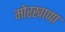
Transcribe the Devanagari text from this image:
मोरखाणा